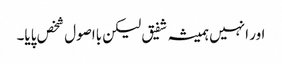
اور انہیں ہمیشہ شفیق لیکن بااصول شخص پایا۔